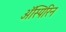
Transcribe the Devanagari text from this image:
अॅस्पिरिन